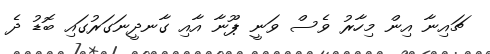
ޗައިނާ އިން މިހާރު ވެސް ވަނީ ޕޫނާ އާއި ގާނދީނަގަރުގައި ބޮޑު ދެ